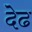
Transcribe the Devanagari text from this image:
देढ